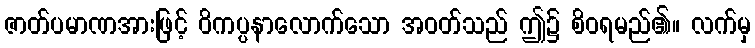
ဇာတ်ပမာဏအားဖြင့် ဝိကပ္ပနာလောက်သော အဝတ်သည် ဤ၌ စိဝရမည်၏။ လက်မှ